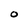
Character: O